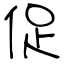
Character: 促